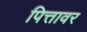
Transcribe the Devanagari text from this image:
पित्तावर